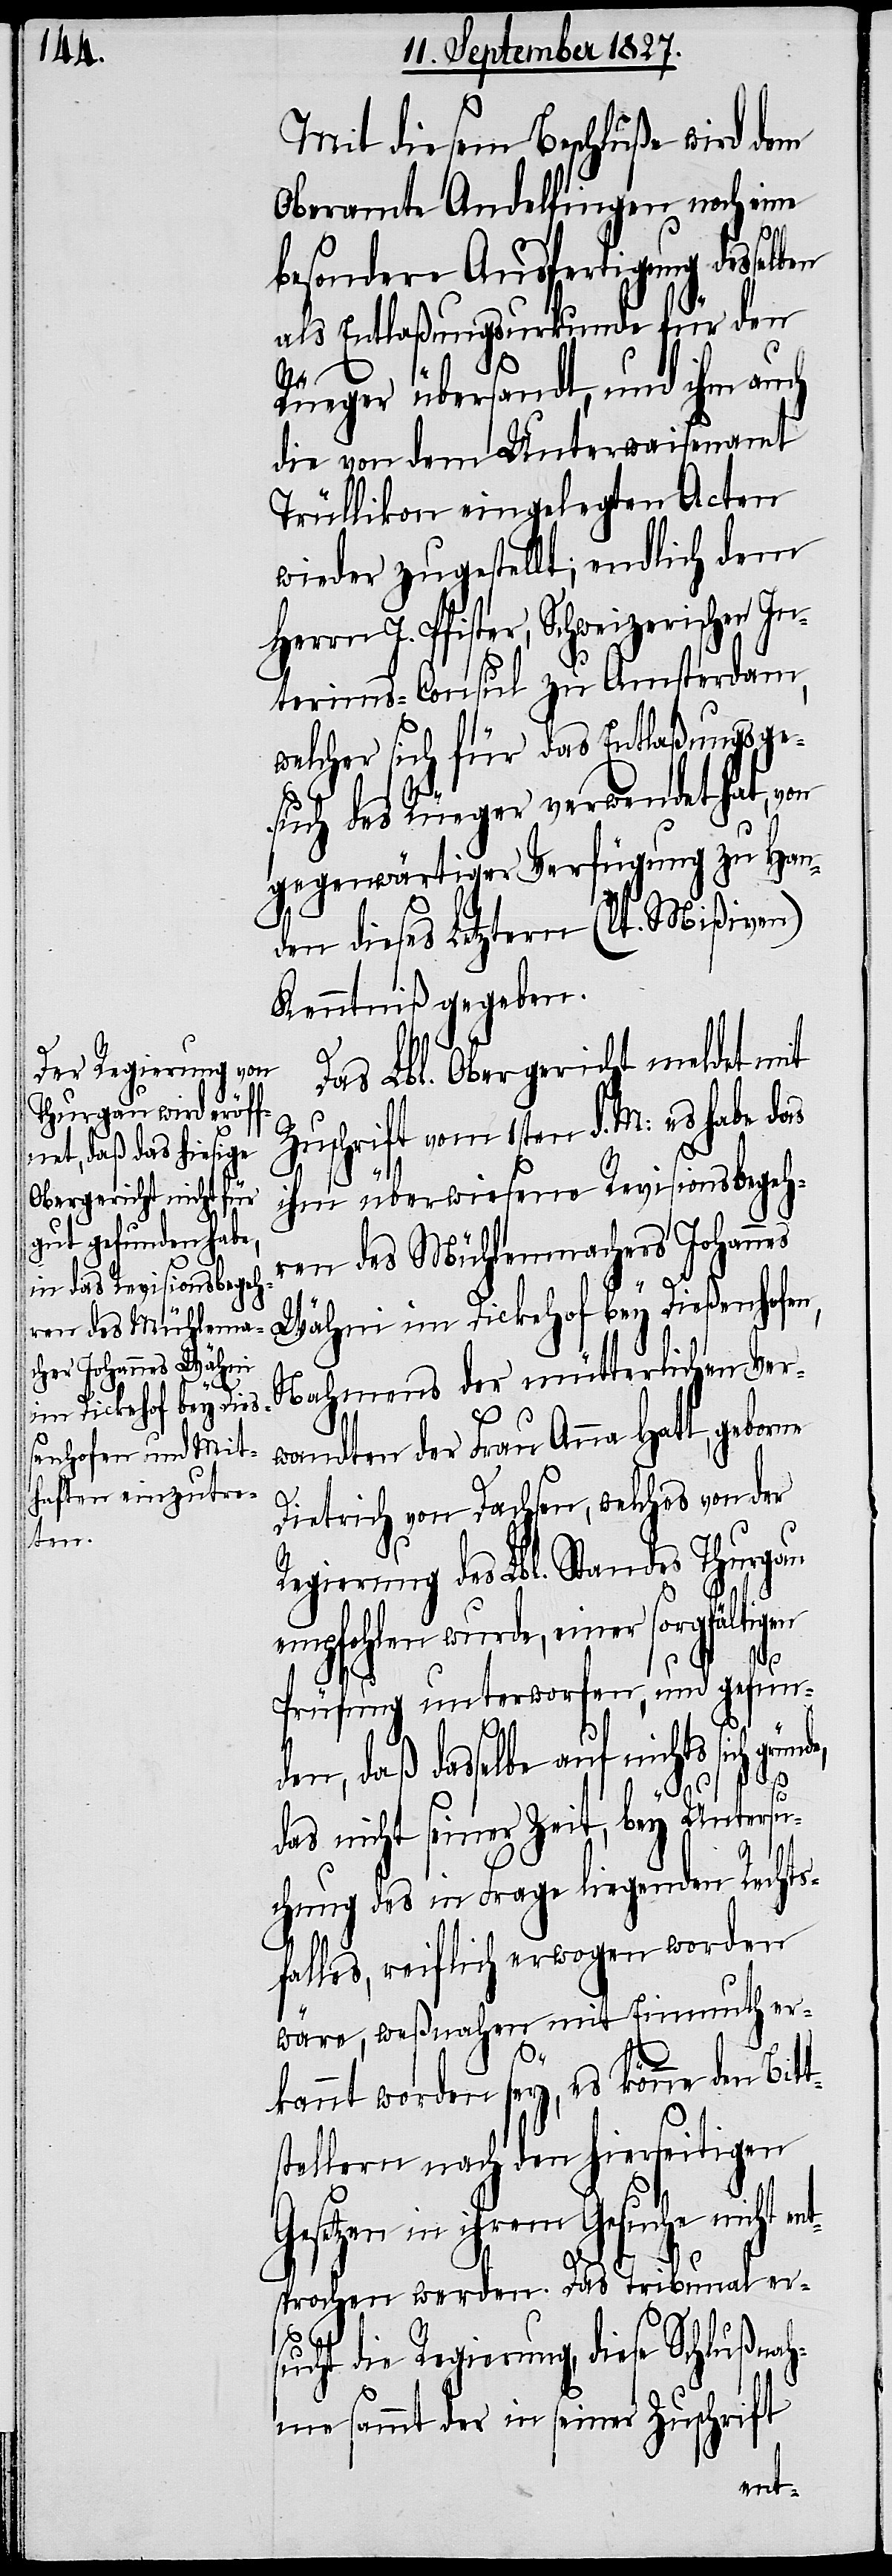
ben

Mit diesem Beschluße wird dem
Oberamt Andelfingen noch eine
besondere Ausfertigung dessel¬
als Entlaßungsurkunde für den
Ge¬
Rüeger übersandt, und ihm auch
die von dem Unterwaisenamt
Trüllikon eingelegten Acten
wieder zugestellt; endlich dem
Herrn J. Pfister, Schweizerischen In¬
terims-Consul zu Amsterdam,
welcher sich für das Entlaßungsge¬
such des Rüeger verwendet hat, von
gegenwärtiger Verfügung zu Han¬
den dieses Letztern (lt. Mißiven)
Kenntniß gegeben.
Das Lbl. Obergericht meldet mit
Zuschrift vom 1sten d. M: es habe das
ihm überwiesene Revisionsbegeh¬
ren des Mühlenmachers Johannes
Wähni im Dickehof bey Dießenhofen,
Nahmens der mütterlichen Ve¬
wandten der Frau Anna Hatt, geborne
Dietrich von Dachsen, welches von der
Regierung des Lbl. Standes Thurgau
empfohlen wurde, einer sorgfältigen
Prüfung unterworfen, und gefun¬
den, daß dasselbe auf nichts sich gründe,
das nicht seiner Zeit, bey Untersu¬
chung des in Frage liegenden Rechts¬
falles, reiflich erwogen worden
wäre, weßnahen mit Einmuth er¬
kannt worden sey, es könne den Bitt¬
stellern nach den hierseitigen
setzen in ihrem Gesuche nicht
sprochen werden. Das Tribunal er¬
sucht die Regierung, diese Schlußnah¬
me sammt der in seiner Zuschrift
ent¬